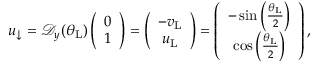
\begin{array} { r } { u _ { \downarrow } = \mathcal { D } _ { y } ( \theta _ { \mathrm { L } } ) \left( \begin{array} { c } { 0 } \\ { 1 } \end{array} \right) = \left( \begin{array} { c } { - v _ { \mathrm { L } } } \\ { u _ { \mathrm { L } } } \end{array} \right) = \left( \begin{array} { c c } { - \sin \left( \frac { \theta _ { \mathrm { L } } } { 2 } \right) } \\ { \cos \left( \frac { \theta _ { \mathrm { L } } } { 2 } \right) } \end{array} \right) , } \end{array}